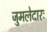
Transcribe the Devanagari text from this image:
जुमलेदारः